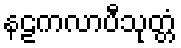
နဠကလာပီသုတ္တံ